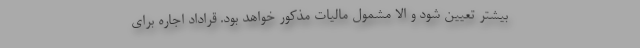
بیشتر تعیین شود و الا مشمول مالیات مذکور خواهد بود. قراداد اجاره برای